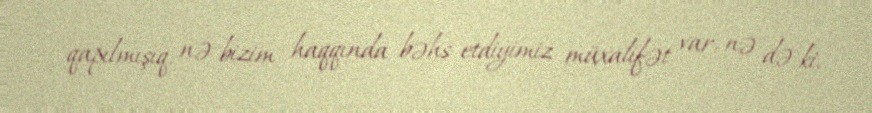
qapılmışıq, nə bizim haqqında bəhs etdiyimiz müxalifət var, nə də ki,